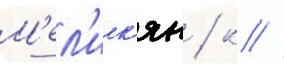
М'ел'ик'ян / к //